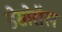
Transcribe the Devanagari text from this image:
डेसोरॉल